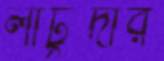
লাটুদার